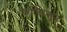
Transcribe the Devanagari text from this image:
केल्सिकृत